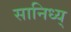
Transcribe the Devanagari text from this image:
सानिध्य्